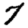
Digit: 7